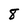
Character: 8